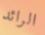
الرائد